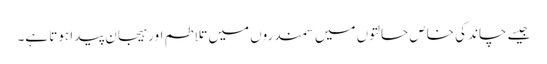
جیسے چاند کی خاص حالتوں میں سمندروں میں تلاطم اور ہیجان پیدا ہوتا ہے۔